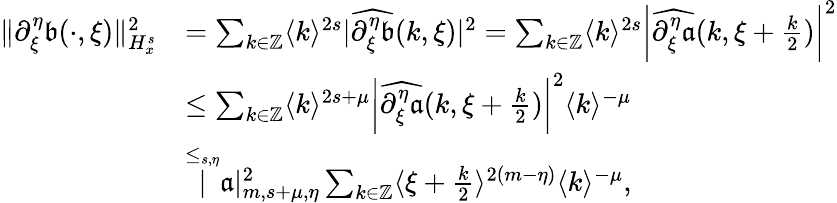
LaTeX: \begin{array}{rl}{\rVert\partial_{\xi}^{\eta}\mathfrak{b}(\cdot,\xi)\rVert_{H_{x}^{s}}^{2}}&{=\sum_{k\in\mathbb{Z}}\langle k\rangle^{2s}|\widehat{\partial_{\xi}^{\eta}\mathfrak{b}}(k,\xi)|^{2}=\sum_{k\in\mathbb{Z}}\langle k\rangle^{2s}\left|\widehat{\partial_{\xi}^{\eta}\mathfrak{a}}(k,\xi+\frac{k}2)\right|^{2}}\\ &{\le\sum_{k\in\mathbb{Z}}\langle k\rangle^{2s+\mu}\left|\widehat{\partial_{\xi}^{\eta}\mathfrak{a}}(k,\xi+\frac{k}2)\right|^{2}\langle k\rangle^{-\mu}}\\ &{\overset{\le_{s,\eta}}|\mathfrak{a}|_{m,s+\mu,\eta}^{2}\sum_{k\in\mathbb{Z}}\langle\xi+\frac{k}{2}\rangle^{2(m-\eta)}\langle k\rangle^{-\mu},}\end{array}